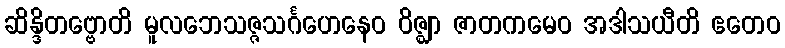
ဆိန္ဒိတဗ္ဗောတိ မူလဘေသဇ္ဇသင်္ဂဟေနေဝ ဝိဇ္ဈာ ဇာတကမေဝ အဒါသယီတိ ဧတေဝ